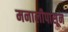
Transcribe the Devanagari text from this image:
मनालीपासून